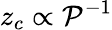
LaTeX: z_{c}\propto\mathcal{P}^{-1}